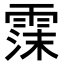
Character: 𬰃